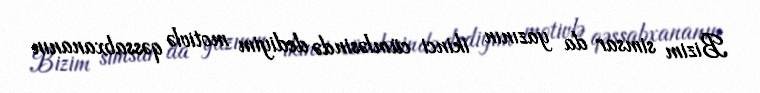
Bizim simsar da yazının ikinci cümləsində dediyim motivlə qəssabxananın